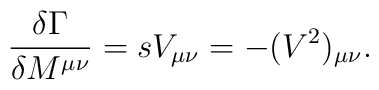
{{\delta \Gamma }\over { \delta M^{\mu \nu} }}= sV_{\mu \nu} = - (V^2)_{\mu \nu}.